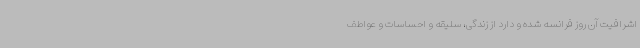
اشرافیت آن روز فرانسه شده و دارد از زندگی، سلیقه و احساسات و عواطف